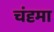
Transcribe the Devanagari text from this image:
चंदृमा